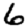
Digit: 6